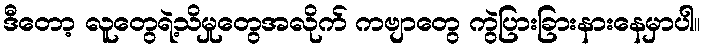
ဒီတော့ လူတွေရဲ့သိမှုတွေအလိုက် ကဗျာတွေ ကွဲပြားခြားနားနေမှာပါ။